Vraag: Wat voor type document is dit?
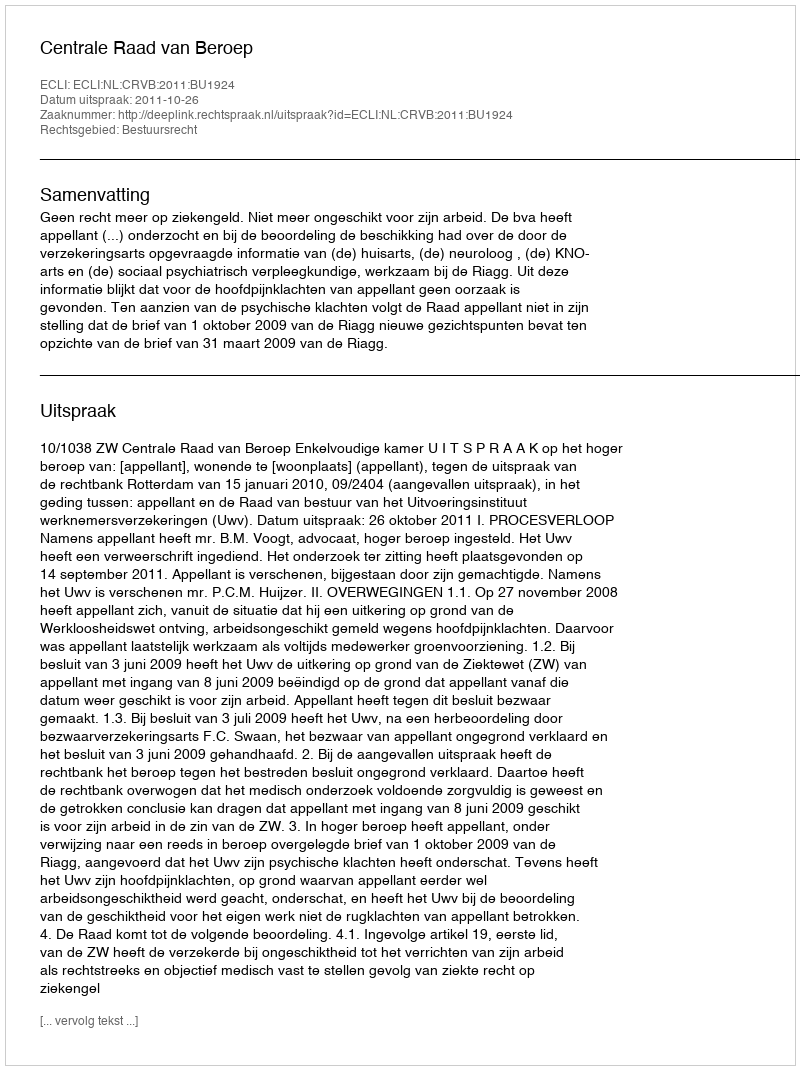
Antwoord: Uitspraak